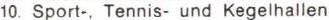
10. Sport-, Tennis- und Kegelhallen